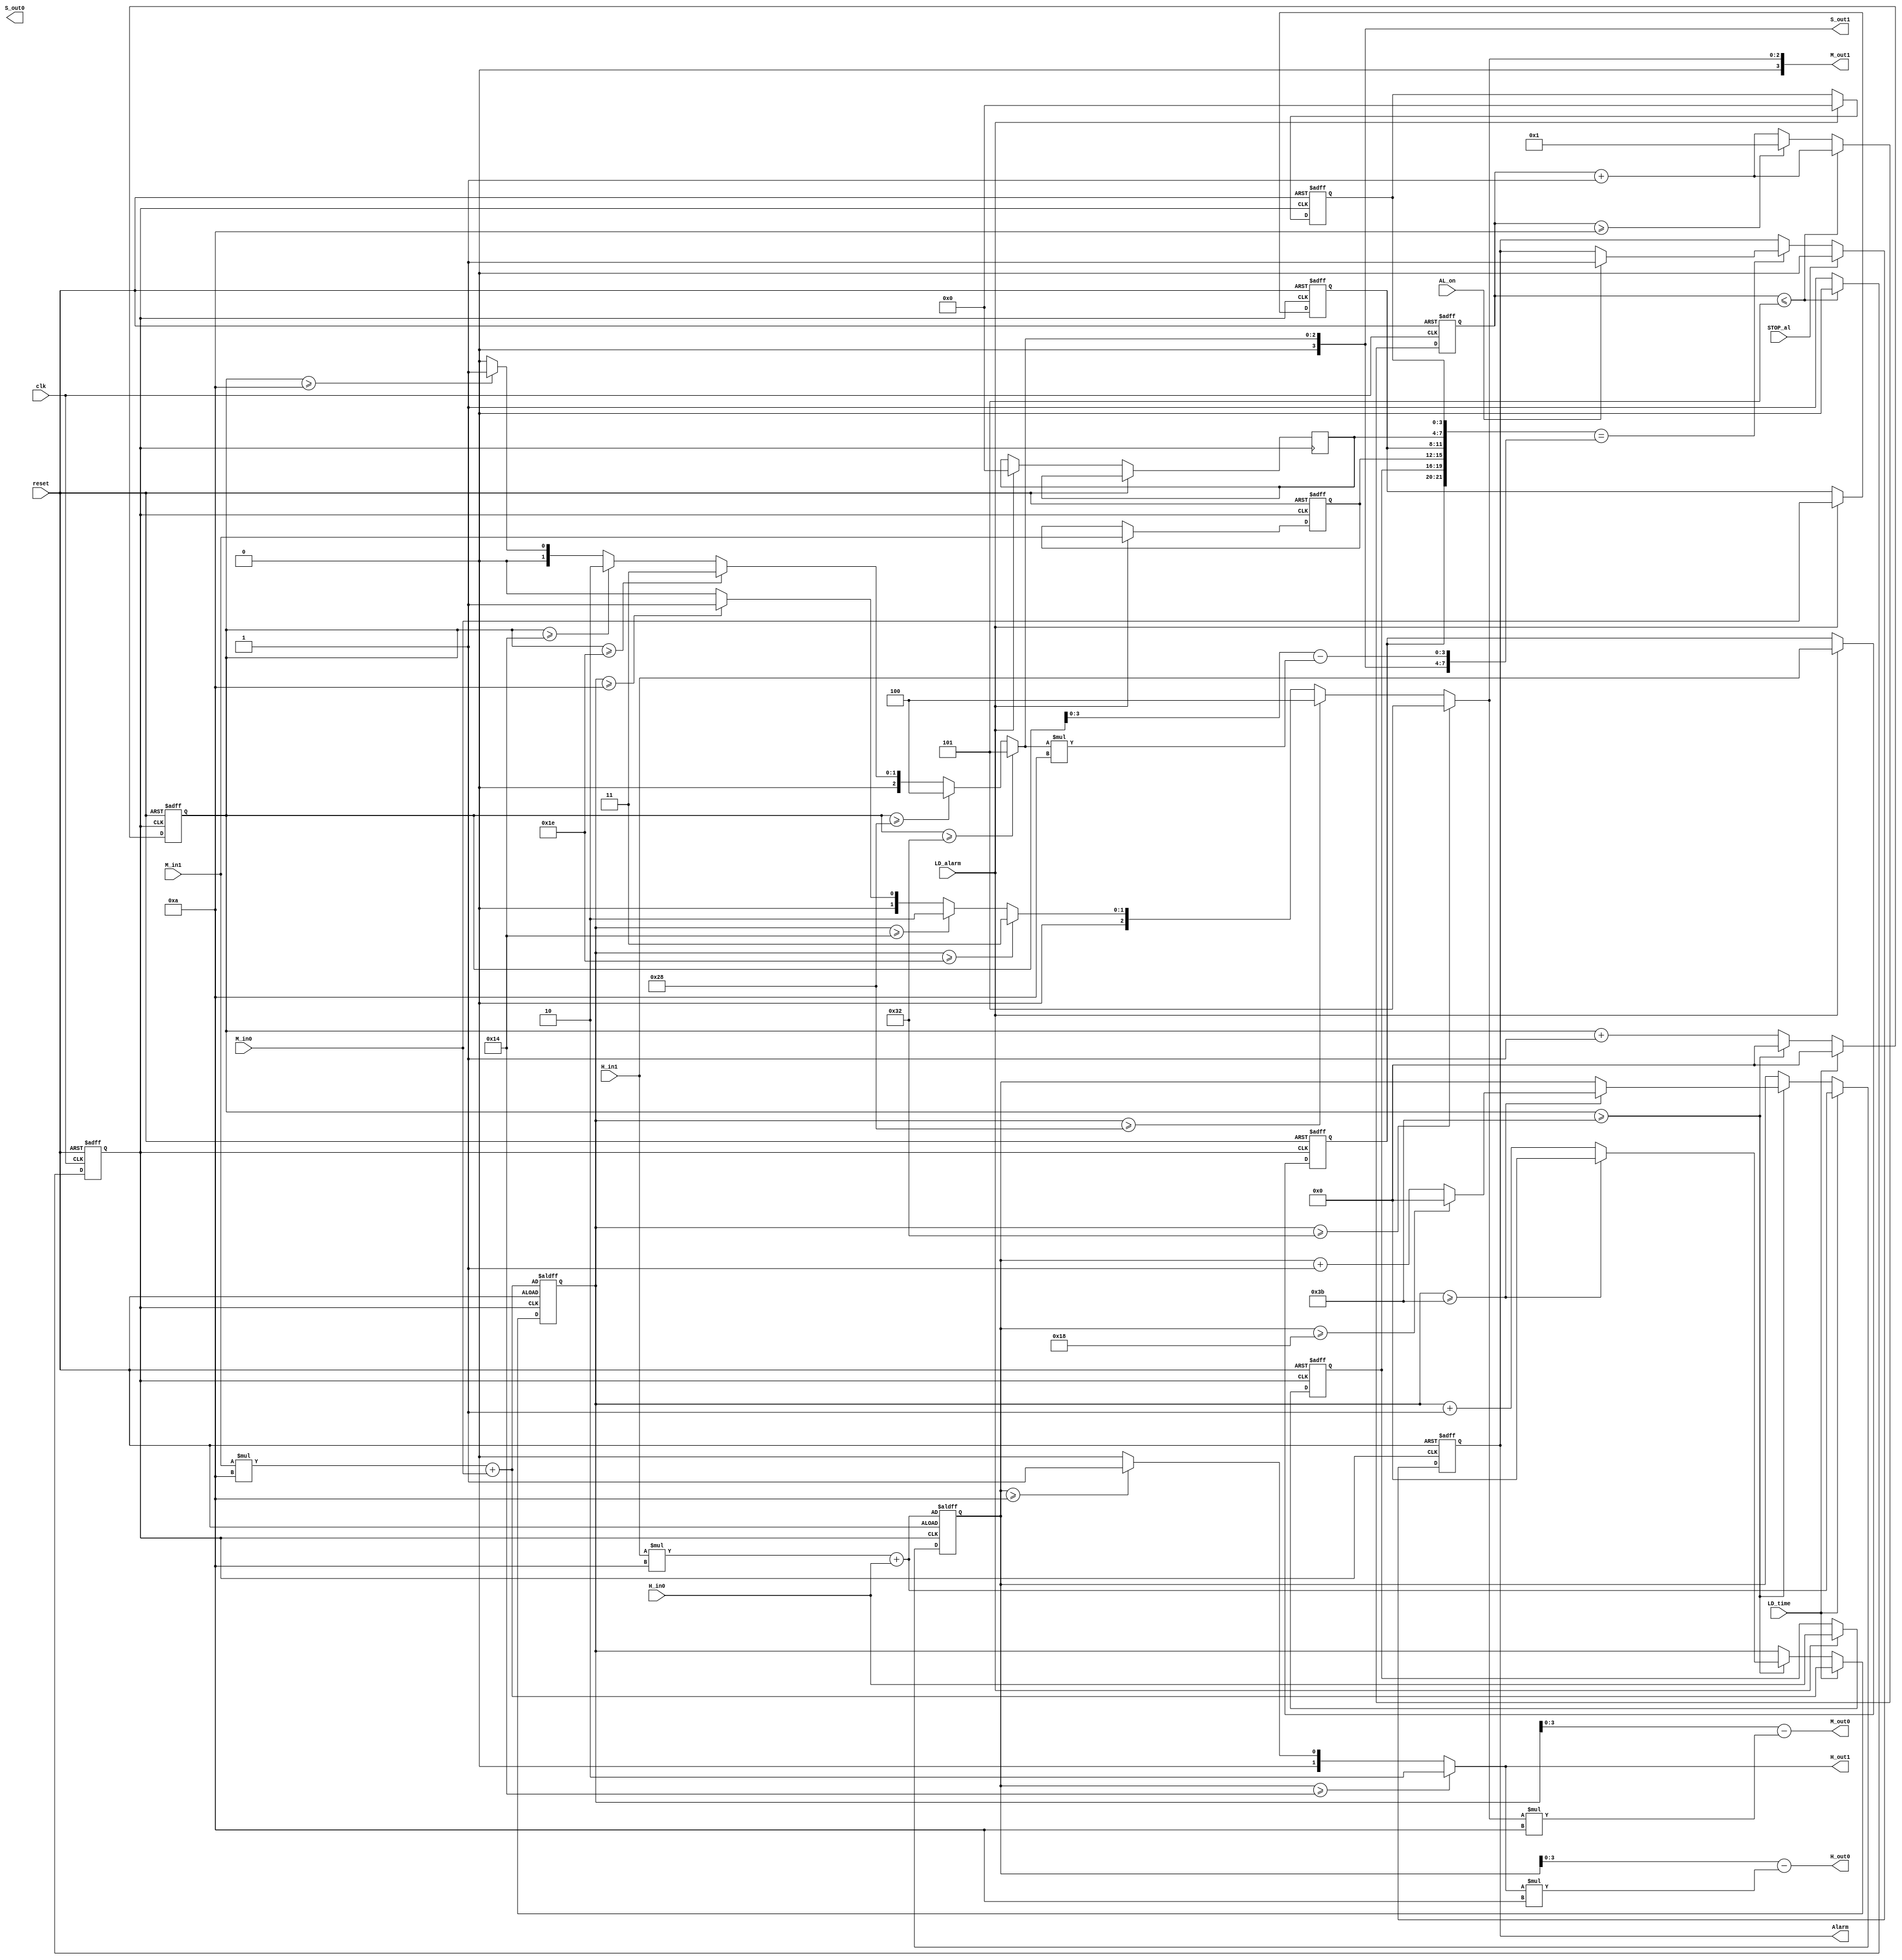
// alarm clock

/*
            _____________________
rstn ------|                     |--------alarm
clk -------|                     |------- H_out1
H_in1------|                     |------- H_out0
H_in0------|                     |------- M_out1
M_in1------|                     |------- M_out0
M_ino------|       alarm         |------- s_out1
LD_time----|       clock         |------- s_out0
LD_alarm---|                     |
STOP_al----|                     |
   AL_on---|                     |
           |                     | 
           |_____________________|


*/

module Alarm_clock(input reset,
                   input clk,
                   input [1:0] H_in1,
                   input [3:0] H_in0,
                   input [3:0] M_in1,
                   input [3:0] M_in0,
                   input LD_time,
                   input LD_alarm,
                   input STOP_al,
                   input AL_on,
                   output reg Alarm,
                   output [1:0] H_out1,
                   output [3:0] H_out0,
                   output [3:0] M_out1,
                   output [3:0] M_out0,
                   output [3:0] S_out1,
                   output [3:0] S_out0);
  
  reg clk_1s;
  reg [3:0] temp_1s;
  reg [5:0] temp_hour, temp_minute, temp_second;
  reg [1:0] c_hour1, a_hour1;
  reg [3:0] c_hour0, a_hour0;
  reg [3:0] c_min1, a_min1;
  reg [3:0] c_min0, a_min0;
  reg [3:0] c_sec1, a_sec1;
  reg [3:0] c_sec0, a_sec0;
  
  function [3:0] mod_10;
    input [5:0] number;
    begin
      mod_10 = (number>=50)?5:((number>=40)?4:((number>=30)?3:((number>=20)?2:((number>=10)? 1:0))));
    end
  endfunction
  
  always@(posedge clk_1s or posedge reset)
    begin
      if(reset)
        begin
          a_hour1<=2'b00;
          a_hour0<=4'b0000;
          a_min1<=4'b0000;
          a_min0<=4'b0000;
          a_sec0<=4'b0000;
          a_sec0<=4'b0000;
          temp_hour<=H_in1*10+H_in0;
          temp_minute<=M_in1*10+M_in0;
          temp_second<=0;
        end
      else begin
        if(LD_alarm)
          begin
            a_hour1<=H_in1;
            a_hour0<=H_in0;
            a_min1<=M_in1;
            a_min0<=M_in0;
            a_sec1<=4'b0000;
            a_sec0<=4'b0000;
          end
        if(LD_time)begin
          temp_hour<=H_in1*10+H_in0;
          temp_minute<=M_in1*10+M_in0;
          temp_second<=0;
        end
        else begin
          temp_second<=temp_second+1;
          
          if(temp_second>=59)begin
            temp_minute<=temp_minute+1;
            temp_second<=0;
            if(temp_minute>=59)begin
              temp_minute<=0;
              temp_hour<=temp_hour+1;
              if(temp_hour>=24)begin
                temp_hour<=0;
              end
            end
          end
        end
      end
    end
  
  always@(posedge clk or posedge reset) begin
    if(reset) begin
      temp_1s<=0;
      clk_1s<=0;
    end
    else begin
      temp_1s<=temp_1s+1;
      if(temp_1s<=5) begin
        clk_1s<=0;
      end
        else 
          if(temp_1s>=10) begin
          clk_1s<=1;
          temp_1s<=1;
          end
        else
          begin
          clk_1s<=1;
      end
    end
  end
  
    always@(*) begin
      if(temp_hour>=20) begin
        c_hour1=2;
    end
      else begin
        if(temp_hour>=10)
          c_hour1=1;
        else
          c_hour1=0;
      end
      c_hour0=temp_hour-c_hour1*10;
      c_min1=mod_10(temp_minute);
      c_min0=temp_minute-c_min1*10;
      c_sec1=mod_10(temp_second);
      c_sec0=temp_second-c_sec1*10;
      end
    
    assign H_out1=c_hour1;
    assign H_out0=c_hour0;
    assign M_out1=c_min1;
    assign M_out0=c_min0;
    assign S_out1=c_sec1;
    assign S_out=c_sec0;
    
    always@(posedge clk_1s or posedge reset)
      begin
        if(reset)
          Alarm<=0;
        else begin
          if({a_hour1,a_hour0,a_min1,a_min0,a_sec1,a_sec0}=={c_hour1,c_hour0,c_min1,c_min0,c_sec1,c_sec0})
            begin
              if(AL_on) Alarm<=1;
            end
          if(STOP_al)
            Alarm<=0;
        end
      end
  
endmodule